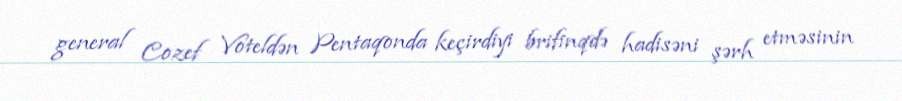
general Cozef Voteldən Pentaqonda keçirdiyi brifinqdə hadisəni şərh etməsinin